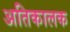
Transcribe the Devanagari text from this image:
अतिकालक